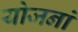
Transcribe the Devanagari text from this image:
योजनां